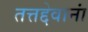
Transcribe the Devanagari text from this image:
तत्तद्देवानां